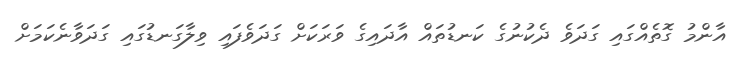
އާންމު ގޮތެއްގައި ގަދަވެ ދެކުނުގެ ކަނޑުތައް އާދައިގެ ވަރަކަށް ގަދަވެފައި ވިލާގަނޑުގައި ގަދަވާނެކަމަށް